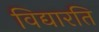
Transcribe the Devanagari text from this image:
विद्यारति